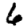
Digit: 6